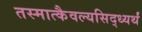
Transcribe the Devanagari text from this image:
तस्मात्कैवल्यसिद्ध्यर्थं